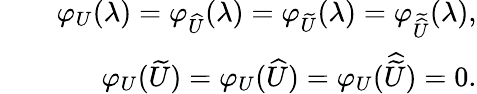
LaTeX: \begin{array}{rlr}&{}&{\varphi_{U}(\lambda)=\varphi_{\widehat{U}}(\lambda)=\varphi_{\widetilde{U}}(\lambda)=\varphi_{\widetilde{\widehat{U}}}(\lambda),}\\ &{}&{\varphi_{U}(\widetilde{U})=\varphi_{U}(\widehat{U})=\varphi_{U}(\widehat{\widetilde{U}})=0.}\end{array}